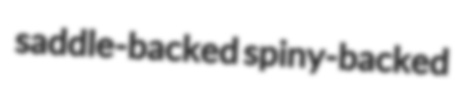
saddle-backed spiny-backed